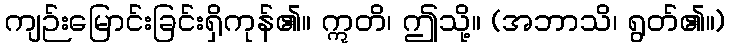
ကျဉ်းမြောင်းခြင်းရှိကုန်၏။ ဣတိ၊ ဤသို့။ (အဘာသိ၊ ရွတ်၏။)